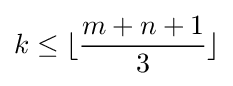
k\leq \lfloor {\frac {m+n+1}{3}}\rfloor